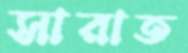
সারাত